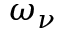
\omega _ { \nu }